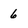
Character: 6